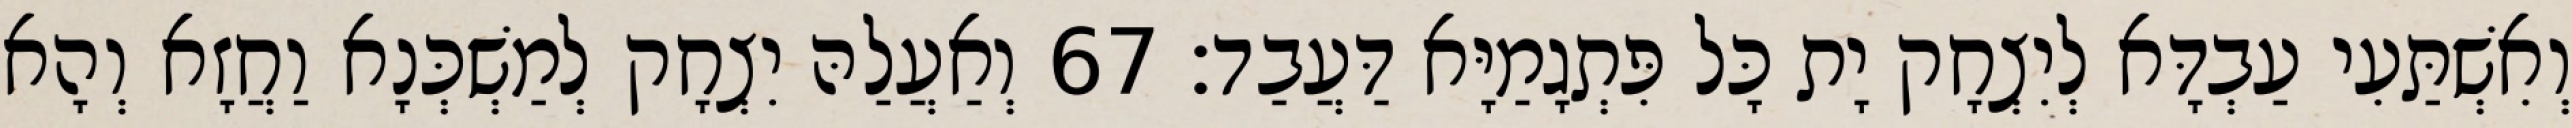
וְאִשְׁתַּעִי עַבְדָּא לְיִצְחָק יָת כָּל פִּתְגָמַיָּא דַּעֲבַד׃ 67 וְאַעֲלַהּ יִצְחָק לְמַשְׁכְּנָא וַחֲזָא וְהָא